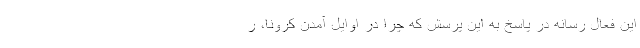
این فعال رسانه‌ در پاسخ به این پرسش که چرا در اوایل آمدن کرونا، ر